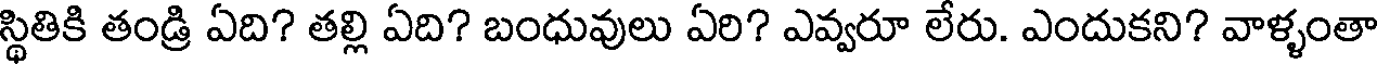
స్థితికి తండ్రి ఏది? తల్లి ఏది? బంధువులు ఏరి? ఎవ్వరూ లేరు. ఎందుకని? వాళ్ళంతా